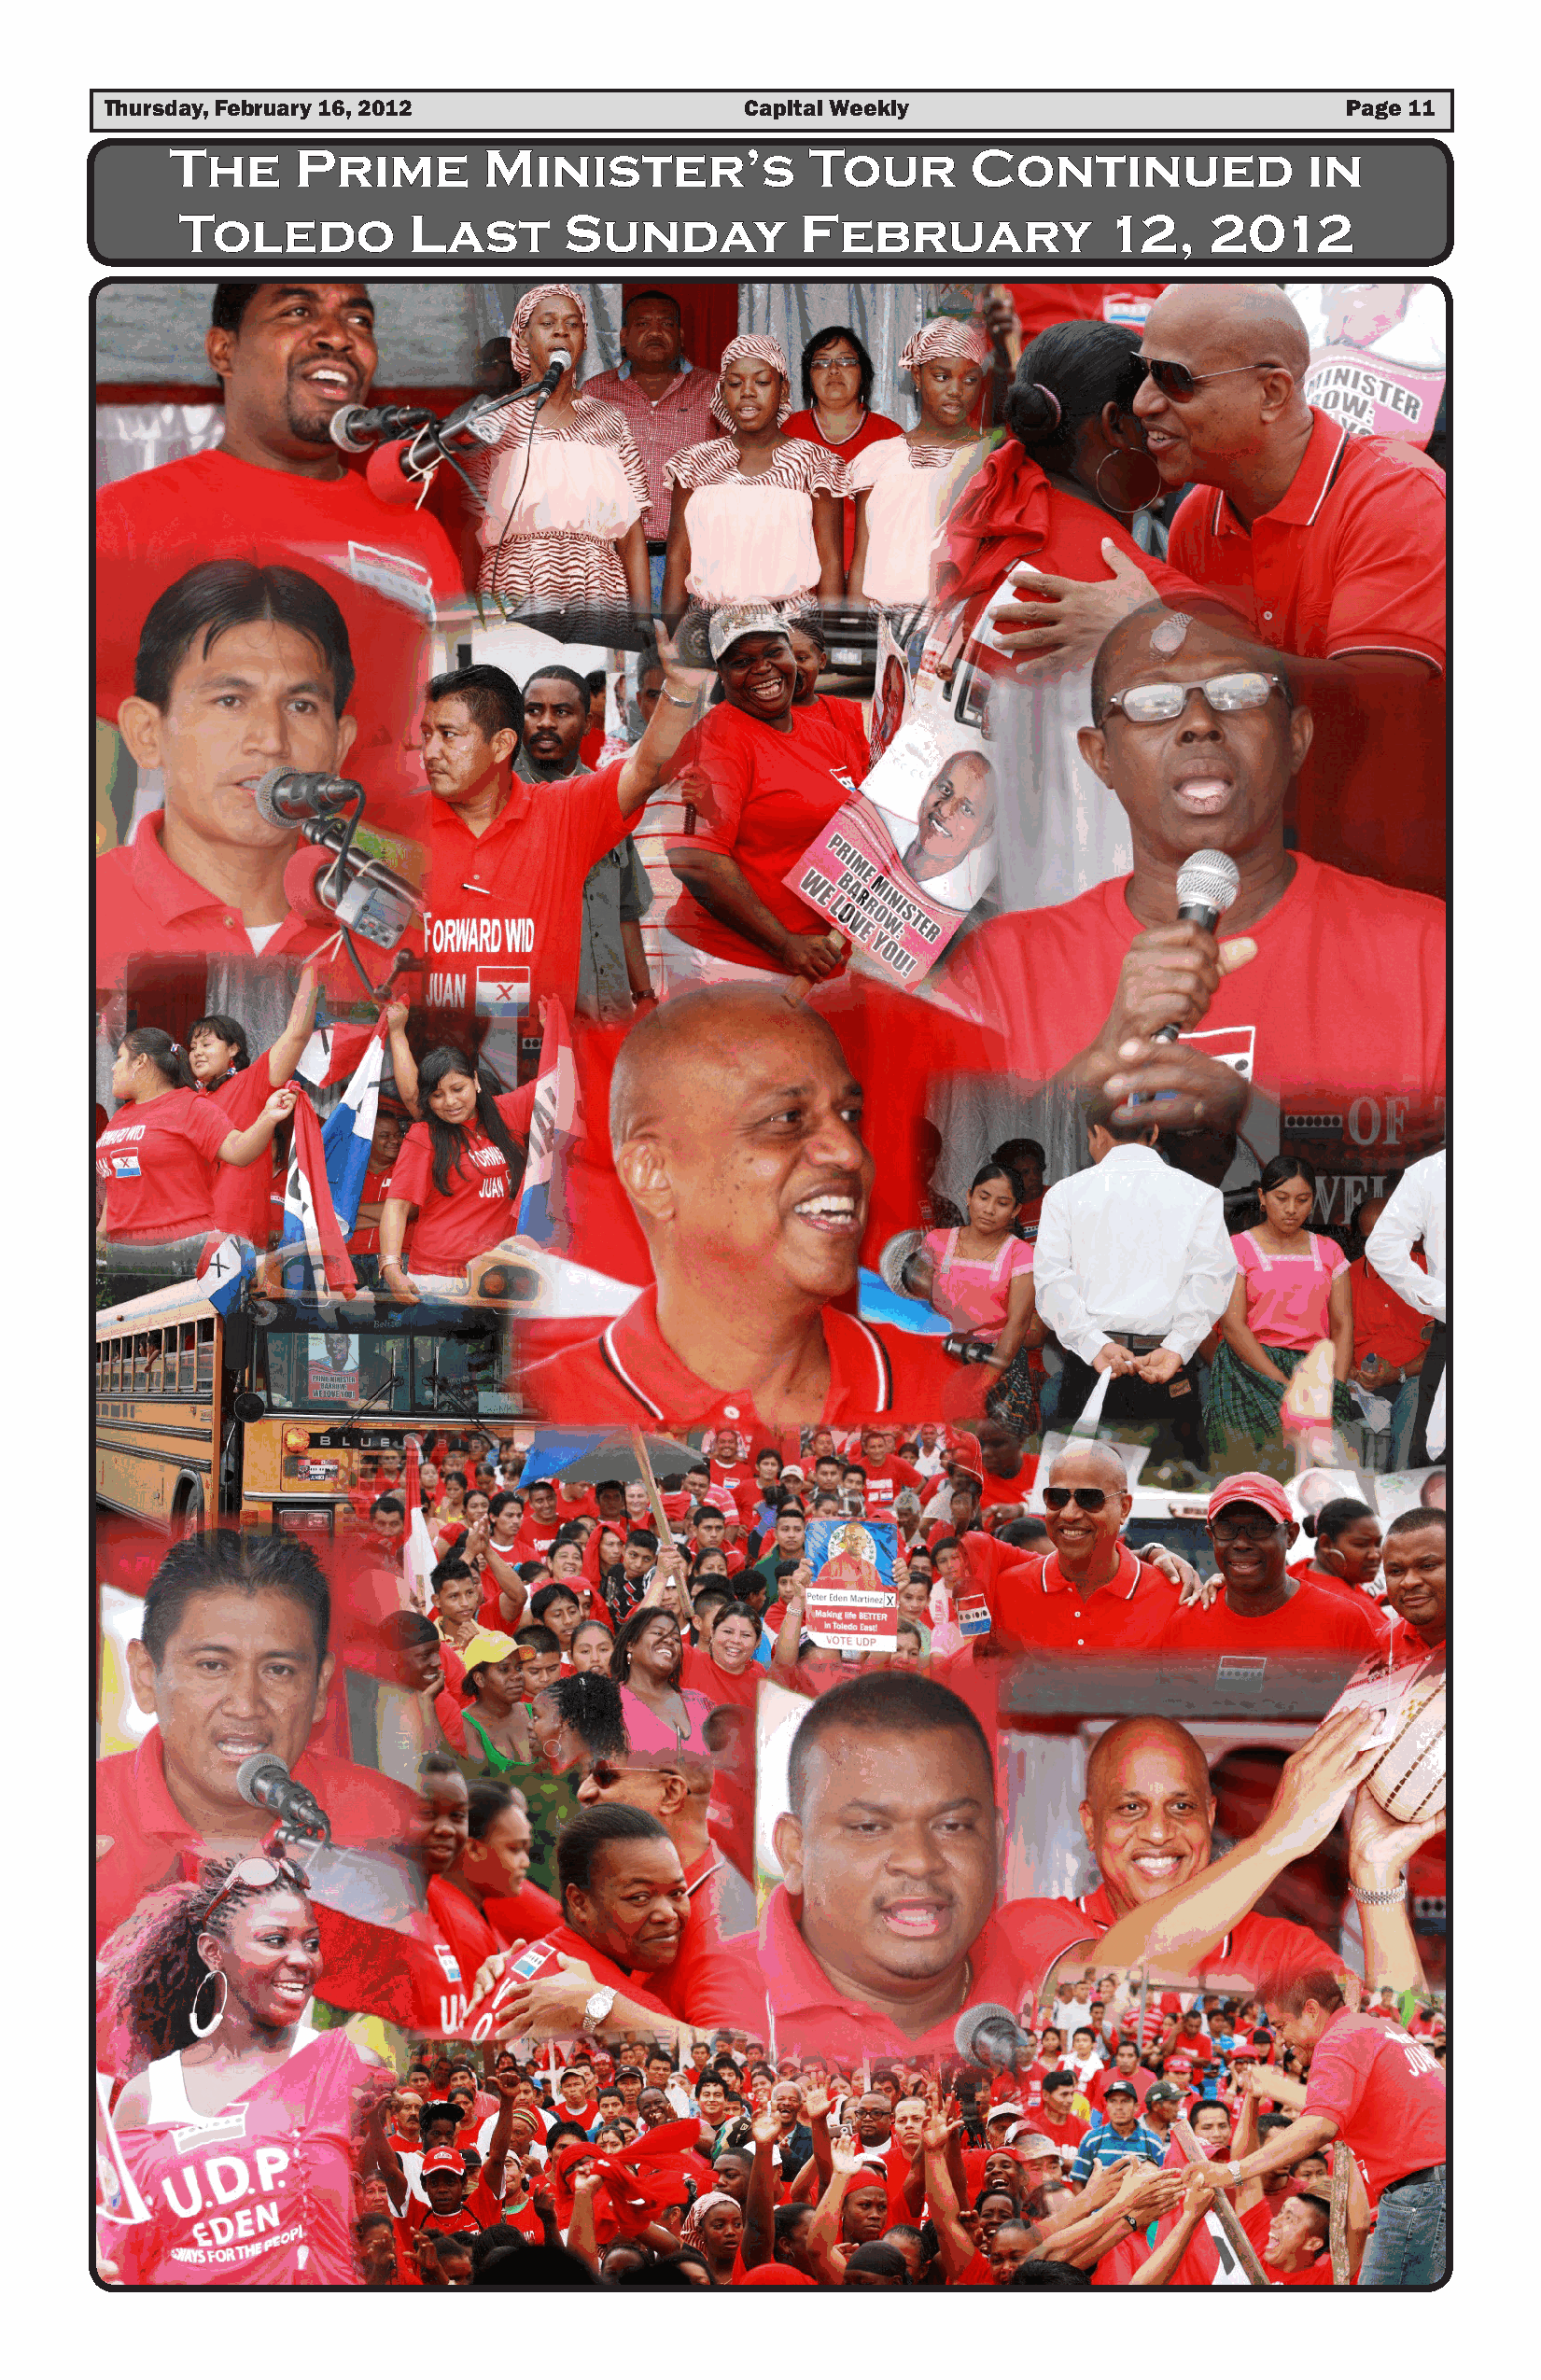
Thursday, February 16, 2012                   Capital Weekly                            Page 11
 The      Prime        Minister’s             Tour        Continued               in
 Toledo          Last       Sunday           February             12,     2012